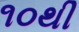
૧૦થી